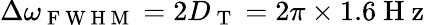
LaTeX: \Delta\omega_{\mathrm{~F~W~H~M~}}=2D_{\mathrm{~T~}}=2\pi\times 1.6\mathrm{~H~z~}